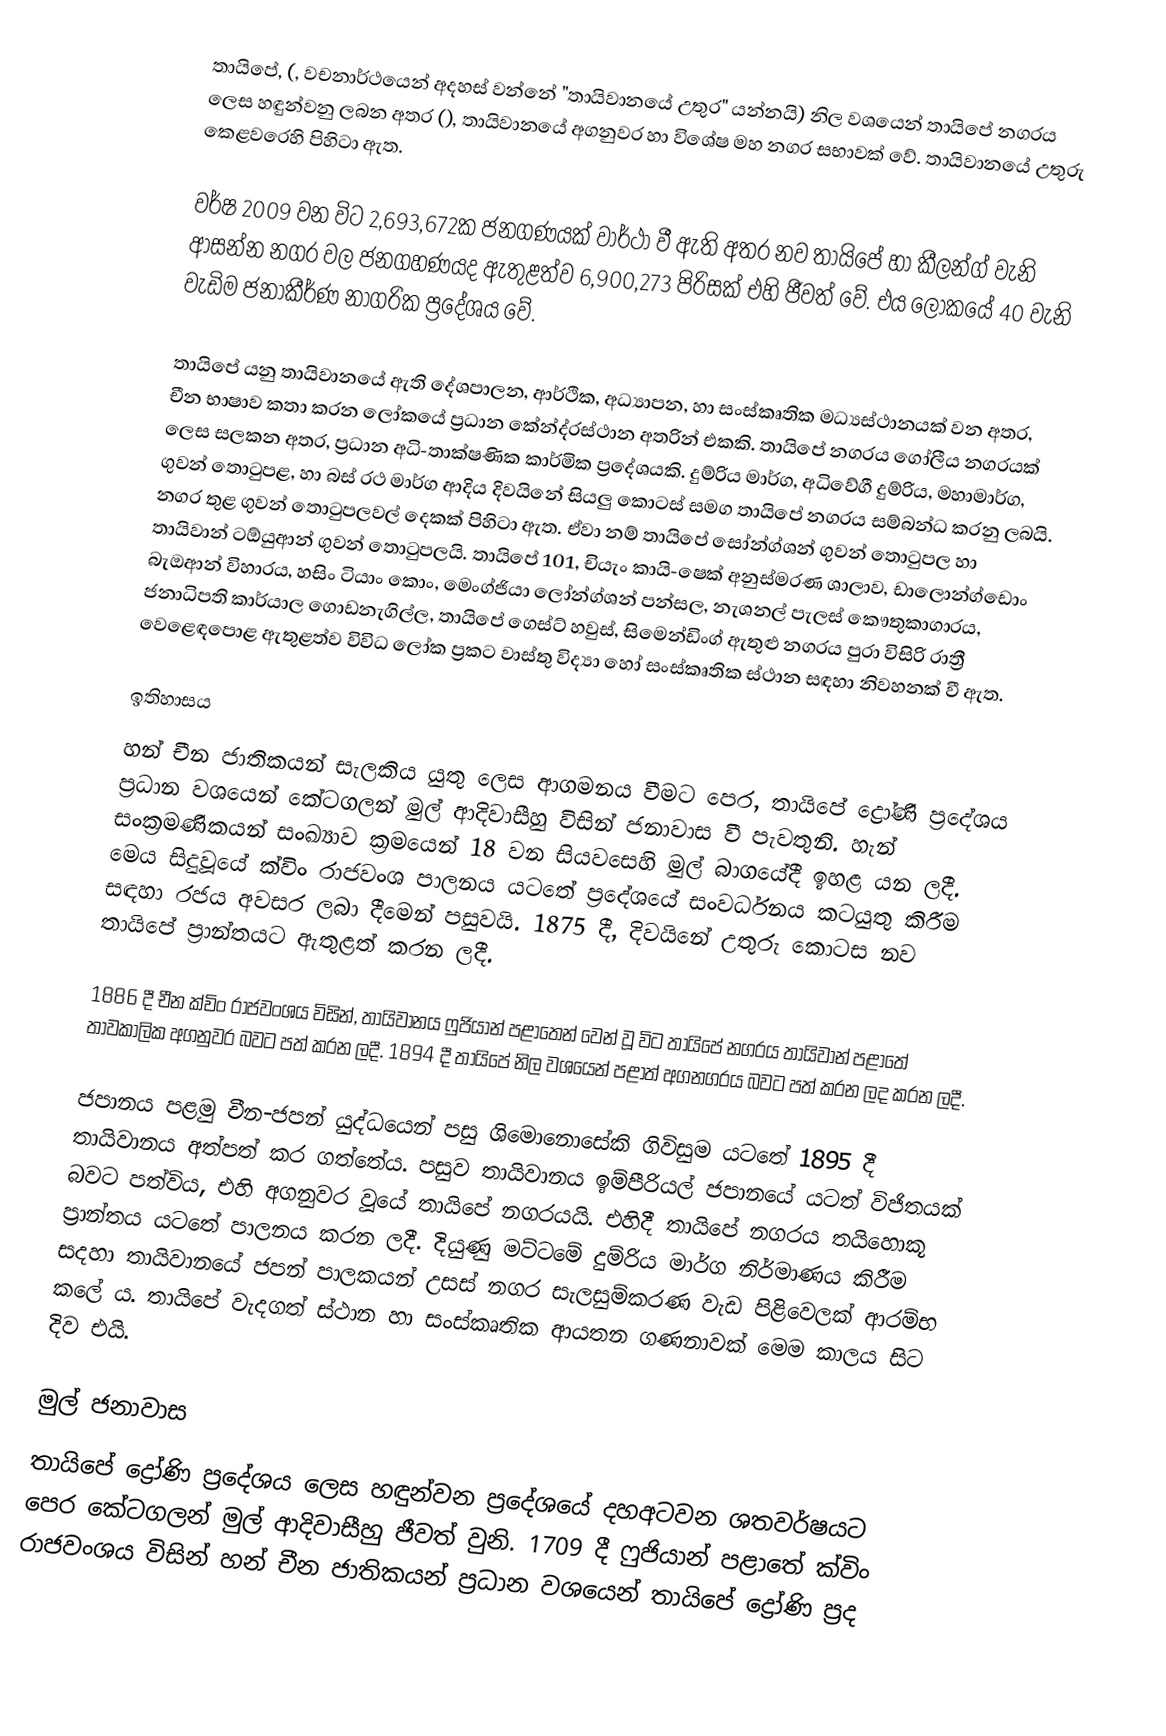
තායිපේ, (,  වචනාර්ථයෙන් අදහස් වන්නේ "තායිවානයේ උතුර" යන්නයි) නිල වශයෙන් තායිපේ නගරය ලෙස හඳුන්වනු ලබන අතර (), තායිවානයේ අගනුවර හා විශේෂ මහ නගර සභාවක් වේ. තායිවානයේ උතුරු කෙළවරෙහි පිහිටා ඇත.

වර්ෂ 2009 වන විට 2,693,672ක ජනගණයක් වාර්ථා වී ඇති අතර නව තායිපේ හා කීලන්ග් වැනි ආසන්න නගර වල ජනගහණයද ඇතුළත්ව 6,900,273 පිරිසක් එහි ජීවත් වේ. එය ලෝකයේ 40 වැනි වැඩිම ජනාකීර්ණ නාගරික ප්‍රදේශය වේ.

තායිපේ යනු තායිවානයේ ඇති දේශපාලන, ආර්ථික, අධ්‍යාපන, හා සංස්කෘතික මධ්‍යස්ථානයක් වන අතර, චීන භාෂාව කතා කරන ලෝකයේ ප්‍රධාන කේන්ද්රස්ථාන අතරින් එකකි. තායිපේ නගරය ගෝලීය නගරයක් ලෙස සලකන අතර, ප්‍රධාන අධි-තාක්ෂණික කාර්මික ප්‍රදේශයකි. දුම්රිය මාර්ග, අධිවේගී දුම්රිය, මහාමාර්ග, ගුවන් තොටුපළ, හා බස් රථ මාර්ග ආදිය දිවයිනේ සියලු කොටස් සමග තායිපේ නගරය සම්බන්ධ කරනු ලබයි. නගර තුළ ගුවන් තොටුපලවල් දෙකක් පිහිටා ඇත. ඒවා නම් තායිපේ සෝන්ග්ශන් ගුවන් තොටුපල හා තායිවාන් ටඕයුආන් ගුවන් තොටුපලයි. තායිපේ 101, චියැං කායි-ෂෙක් අනුස්මරණ ශාලාව, ඩාලොන්ග්ඩොං බැඔආන් විහාරය, හසිං ටියාං කොං, මෙංග්ජියා ලෝන්ග්ශන් පන්සල, නැශනල් පැලස් කෞතුකාගාරය, ජනාධිපති කාර්යාල ගොඩනැගිල්ල, තායිපේ ගෙස්ට් හවුස්, සිමෙන්ඩිංග් ඇතුළු නගරය පුරා විසිරි රාත්‍රී වෙළෙඳපොළ ඇතුළත්ව විවිධ ලෝක ප්‍රකට වාස්තු විද්‍යා හෝ සංස්කෘතික ස්ථාන සඳහා නිවහනක් වී ඇත.

ඉතිහාසය
හන් චීන ජාතිකයන් සැලකිය යුතු ලෙස ආගමනය වීමට පෙර, තායිපේ ද්‍රෝණි ප්‍රදේශය ප්‍රධාන වශයෙන් කේටගලන් මුල් ආදිවාසීහු විසින් ජනාවාස වී පැවතුනි. හැන් සංක්‍රමණිකයන් සංඛ්‍යාව ක්‍රමයෙන් 18 වන සියවසෙහි මුල් බාගයේදී ඉහළ යන ලදී. මෙය සිදුවූයේ ක්විං රාජවංශ පාලනය යටතේ ප්‍රදේශයේ සංවර්ධනය කටයුතු කිරීම සඳහා රජය අවසර ලබා දීමෙන් පසුවයි. 1875 දී, දිවයිනේ උතුරු කොටස නව තායිපේ ප්‍රාන්තයට ඇතුළත් කරන ලදී.

1886 දී චීන ක්විං රාජවංශය විසින්, තායිවානය ෆුජියාන් පළාතෙන් වෙන් වූ විට තායිපේ නගරය තායිවාන් පළාතේ තාවකාලික අගනුවර බවට පත් කරන ලදී. 1894 දී තායිපේ නිල වශයෙන් පළාත් අගනගරය බවට පත් කරන ලද කරන ලදී.

ජපානය පළමු චීන-ජපන් යුද්ධයෙන් පසු ශිමොනොසේකි ගිවිසුම යටතේ 1895 දී තායිවානය අත්පත් කර ගත්තේය. පසුව තායිවානය ඉම්පීරියල් ජපානයේ යටත් විජිතයක් බවට පත්විය, එහි අගනුවර වූයේ තායිපේ නගරයයි. එහිදී තායිපේ නගරය තයිහොකූ ප්‍රාන්තය යටතේ පාලනය කරන ලදී. දියුණු මට්ටමේ දුම්රිය මාර්ග නිර්මාණය කිරීම සදහා තායිවානයේ ජපන් පාලකයන් උසස් නගර සැලසුම්කරණ වැඩ පිළිවෙලක් ආරම්භ කලේ ය. තායිපේ වැදගත් ස්ථාන හා සංස්කෘතික ආයතන ගණනාවක් මෙම කාලය සිට දිව එයි.

මුල් ජනාවාස
තායිපේ ද්‍රෝණි ප්‍රදේශය ලෙස හඳුන්වන ප්‍රදේශයේ දහඅටවන ශතවර්ෂයට පෙර කේටගලන් මුල් ආදිවාසීහු ජීවත් වුනි. 1709 දී ෆුජියාන් පළාතේ ක්විං රාජවංශය විසින් හන් චීන ජාතිකයන් ප්‍රධාන වශයෙන් තායිපේ ද්‍රෝණි ප්‍රද